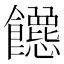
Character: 𬲡